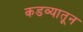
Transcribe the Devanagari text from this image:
कडव्यातून